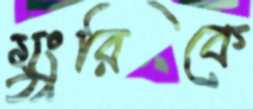
মুংরিকে